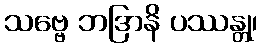
သဗ္ဗေ ဘဒြာနိ ပဿန္တု၊